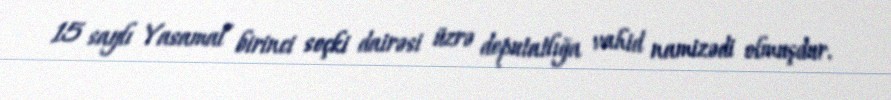
15 saylı Yasamal birinci seçki dairəsi üzrə deputatlığa vahid namizədi olmuşdur.